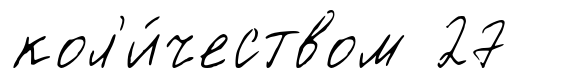
кол'и́чеством 27